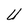
Character: U